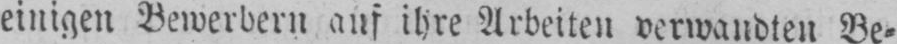
einigen Bewerbern auf ihre Arbeiten verwandten Be⸗